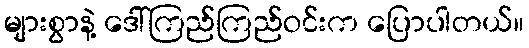
များစွာနဲ့ ဒေါ်ကြည်ကြည်ဝင်းက ပြောပါတယ်။